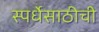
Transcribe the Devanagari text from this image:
स्पर्धेसाठीची